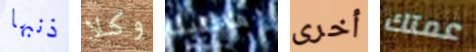
ذنبها وكلا ماعلينا أخرى عمتك